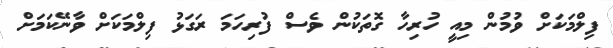
ފިލްމަކަށް ވުމުން މިއީ ހުރިހާ ގޮތަކުން ވެސް ފުރިހަމަ ރަގަޅު ފިލްމަކަށް ވާނޭކަމަށް